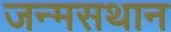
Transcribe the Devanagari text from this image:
जन्मसथान